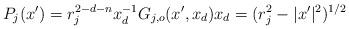
LaTeX: \begin{align*}P_j(x')=r_j^{2-d-n}x_d^{-1}G_{j,o}(x',x_d)x_d=(r_j^2-|x'|^2)^{1/2}\end{align*}